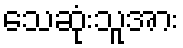
သေဆုံးသူအား